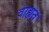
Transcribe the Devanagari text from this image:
वाह्यत